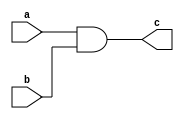
module and_gate(a,b,c);

	input a,b;
	output c;
	and(c,a,b);
endmodule